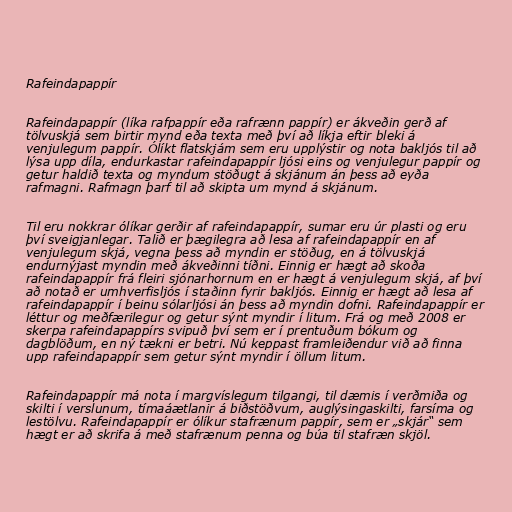
Rafeindapappír

Rafeindapappír (líka rafpappír eða rafrænn pappír) er ákveðin gerð af
tölvuskjá sem birtir mynd eða texta með því að líkja eftir bleki á
venjulegum pappír. Ólíkt flatskjám sem eru upplýstir og nota bakljós til að
lýsa upp díla, endurkastar rafeindapappír ljósi eins og venjulegur pappír og
getur haldið texta og myndum stöðugt á skjánum án þess að eyða
rafmagni. Rafmagn þarf til að skipta um mynd á skjánum.

Til eru nokkrar ólíkar gerðir af rafeindapappír, sumar eru úr plasti og eru
því sveigjanlegar. Talið er þægilegra að lesa af rafeindapappír en af
venjulegum skjá, vegna þess að myndin er stöðug, en á tölvuskjá
endurnýjast myndin með ákveðinni tíðni. Einnig er hægt að skoða
rafeindapappír frá fleiri sjónarhornum en er hægt á venjulegum skjá, af því
að notað er umhverfisljós í staðinn fyrir bakljós. Einnig er hægt að lesa af
rafeindapappír í beinu sólarljósi án þess að myndin dofni. Rafeindapappír er
léttur og meðfærilegur og getur sýnt myndir í litum. Frá og með 2008 er
skerpa rafeindapappírs svipuð því sem er í prentuðum bókum og
dagblöðum, en ný tækni er betri. Nú keppast framleiðendur við að finna
upp rafeindapappír sem getur sýnt myndir í öllum litum.

Rafeindapappír má nota í margvíslegum tilgangi, til dæmis í verðmiða og
skilti í verslunum, tímaáætlanir á biðstöðvum, auglýsingaskilti, farsíma og
lestölvu. Rafeindapappír er ólíkur stafrænum pappír, sem er „skjár“ sem
hægt er að skrifa á með stafrænum penna og búa til stafræn skjöl.